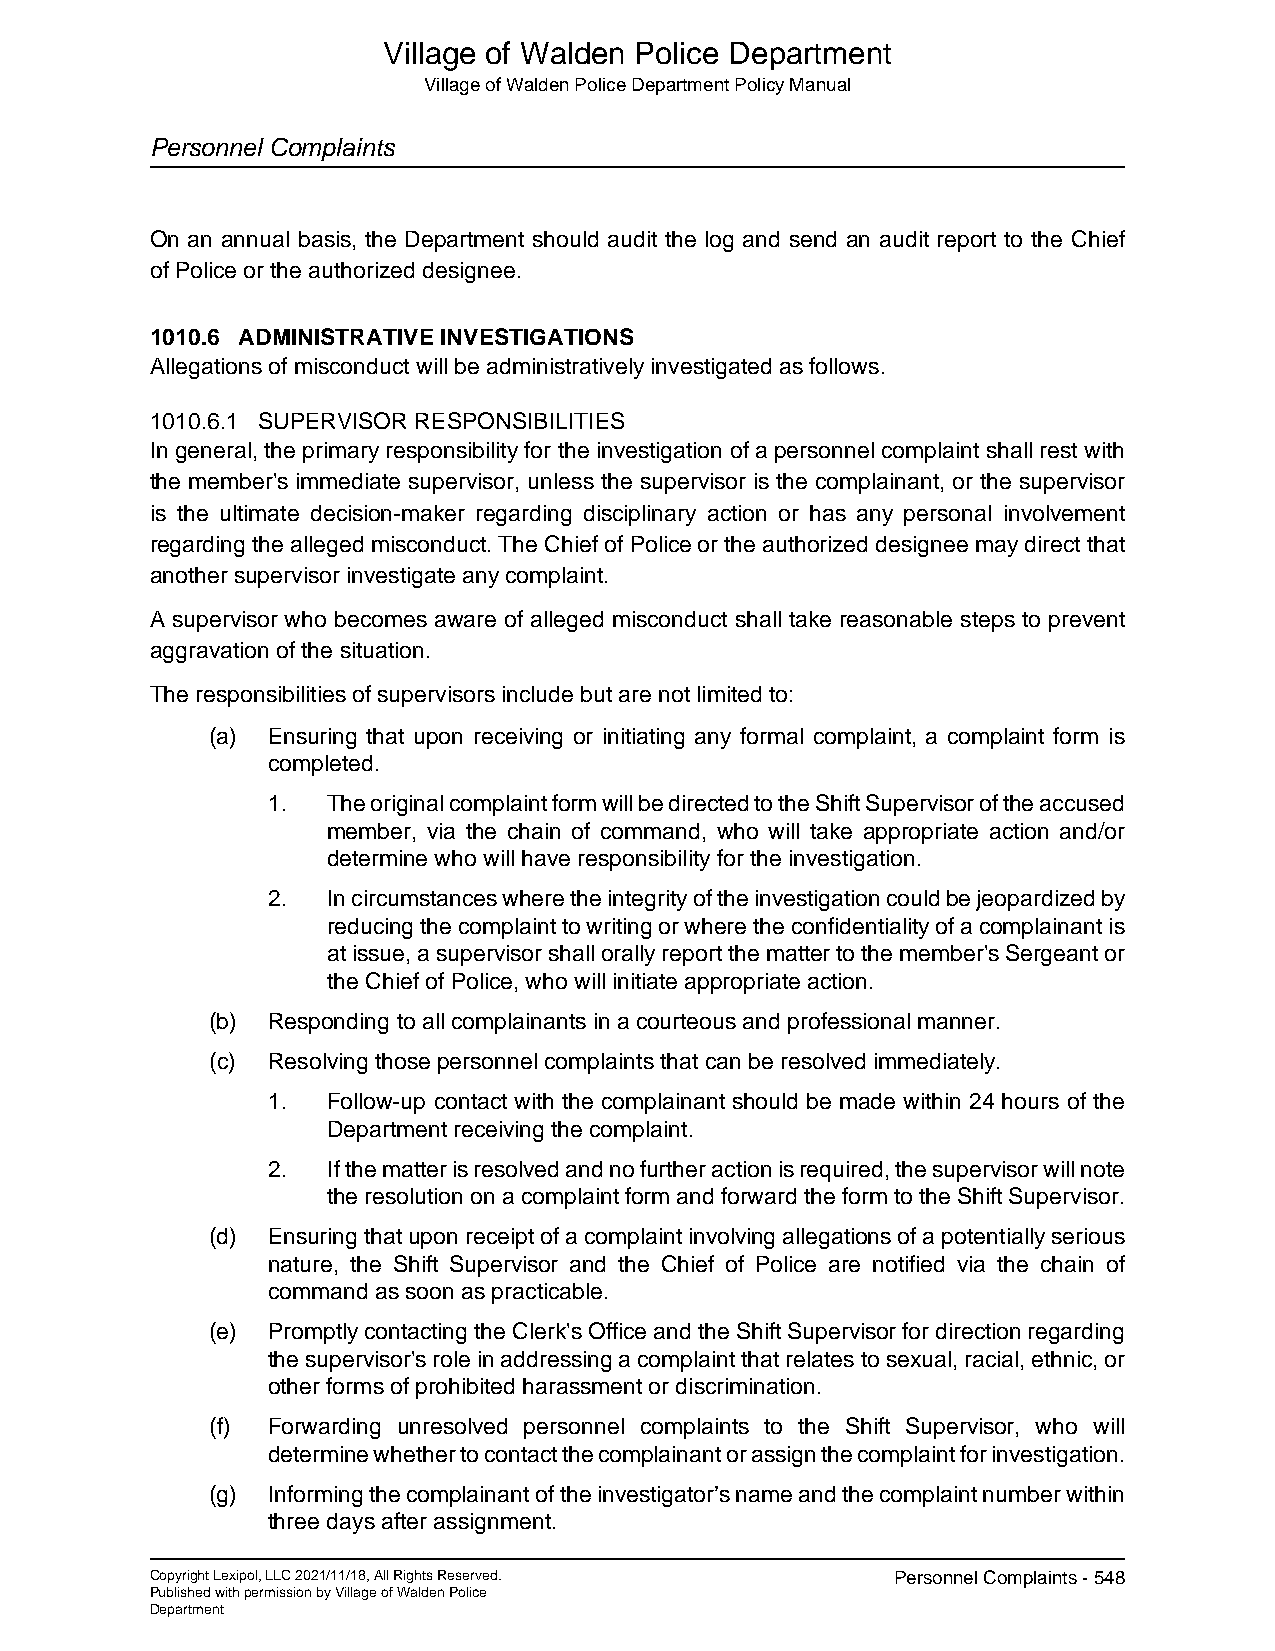
Village of Walden Police Department
 Village of Walden Police Department Policy Manual
 Personnel Complaints
 On an annual basis, the Department should audit the log and send an audit report to the Chief
 of Police or the authorized designee.
 1010.6 ADMINISTRATIVE INVESTIGATIONS
 Allegations of misconduct will be administratively investigated as follows.
 1010.6.1 SUPERVISOR RESPONSIBILITIES
 In general, the primary responsibility for the investigation of a personnel complaint shall rest with
 the member's immediate supervisor, unless the supervisor is the complainant, or the supervisor
 is the ultimate decision-maker regarding disciplinary action or has any personal involvement
 regarding the alleged misconduct. The Chief of Police or the authorized designee may direct that
 another supervisor investigate any complaint.
 A supervisor who becomes aware of alleged misconduct shall take reasonable steps to prevent
 aggravation of the situation.
 The responsibilities of supervisors include but are not limited to:
 (a) Ensuring that upon receiving or initiating any formal complaint, a complaint form is
 completed.
 1.  The original complaint form will be directed to the Shift Supervisor of the accused
 member, via the chain of command, who will take appropriate action and/or
 determine who will have responsibility for the investigation.
 2.  In circumstances where the integrity of the investigation could be jeopardized by
 reducing the complaint to writing or where the confidentiality of a complainant is
 at issue, a supervisor shall orally report the matter to the member's Sergeant or
 the Chief of Police, who will initiate appropriate action.
 (b) Responding to all complainants in a courteous and professional manner.
 (c) Resolving those personnel complaints that can be resolved immediately.
 1.  Follow-up contact with the complainant should be made within 24 hours of the
 Department receiving the complaint.
 2.  If the matter is resolved and no further action is required, the supervisor will note
 the resolution on a complaint form and forward the form to the Shift Supervisor.
 (d) Ensuring that upon receipt of a complaint involving allegations of a potentially serious
 nature, the Shift Supervisor and the Chief of Police are notified via the chain of
 command as soon as practicable.
 (e) Promptly contacting the Clerk's Office and the Shift Supervisor for direction regarding
 the supervisor's role in addressing a complaint that relates to sexual, racial, ethnic, or
 other forms of prohibited harassment or discrimination.
 (f) Forwarding unresolved personnel complaints to the Shift Supervisor, who will
 determine whether to contact the complainant or assign the complaint for investigation.
 (g) Informing the complainant of the investigator’s name and the complaint number within
 three days after assignment.
 Copyright Lexipol, LLC 2021/11/18, All Rights Reserved. Personnel Complaints - 548
 Published with permission by Village of Walden Police
 Department